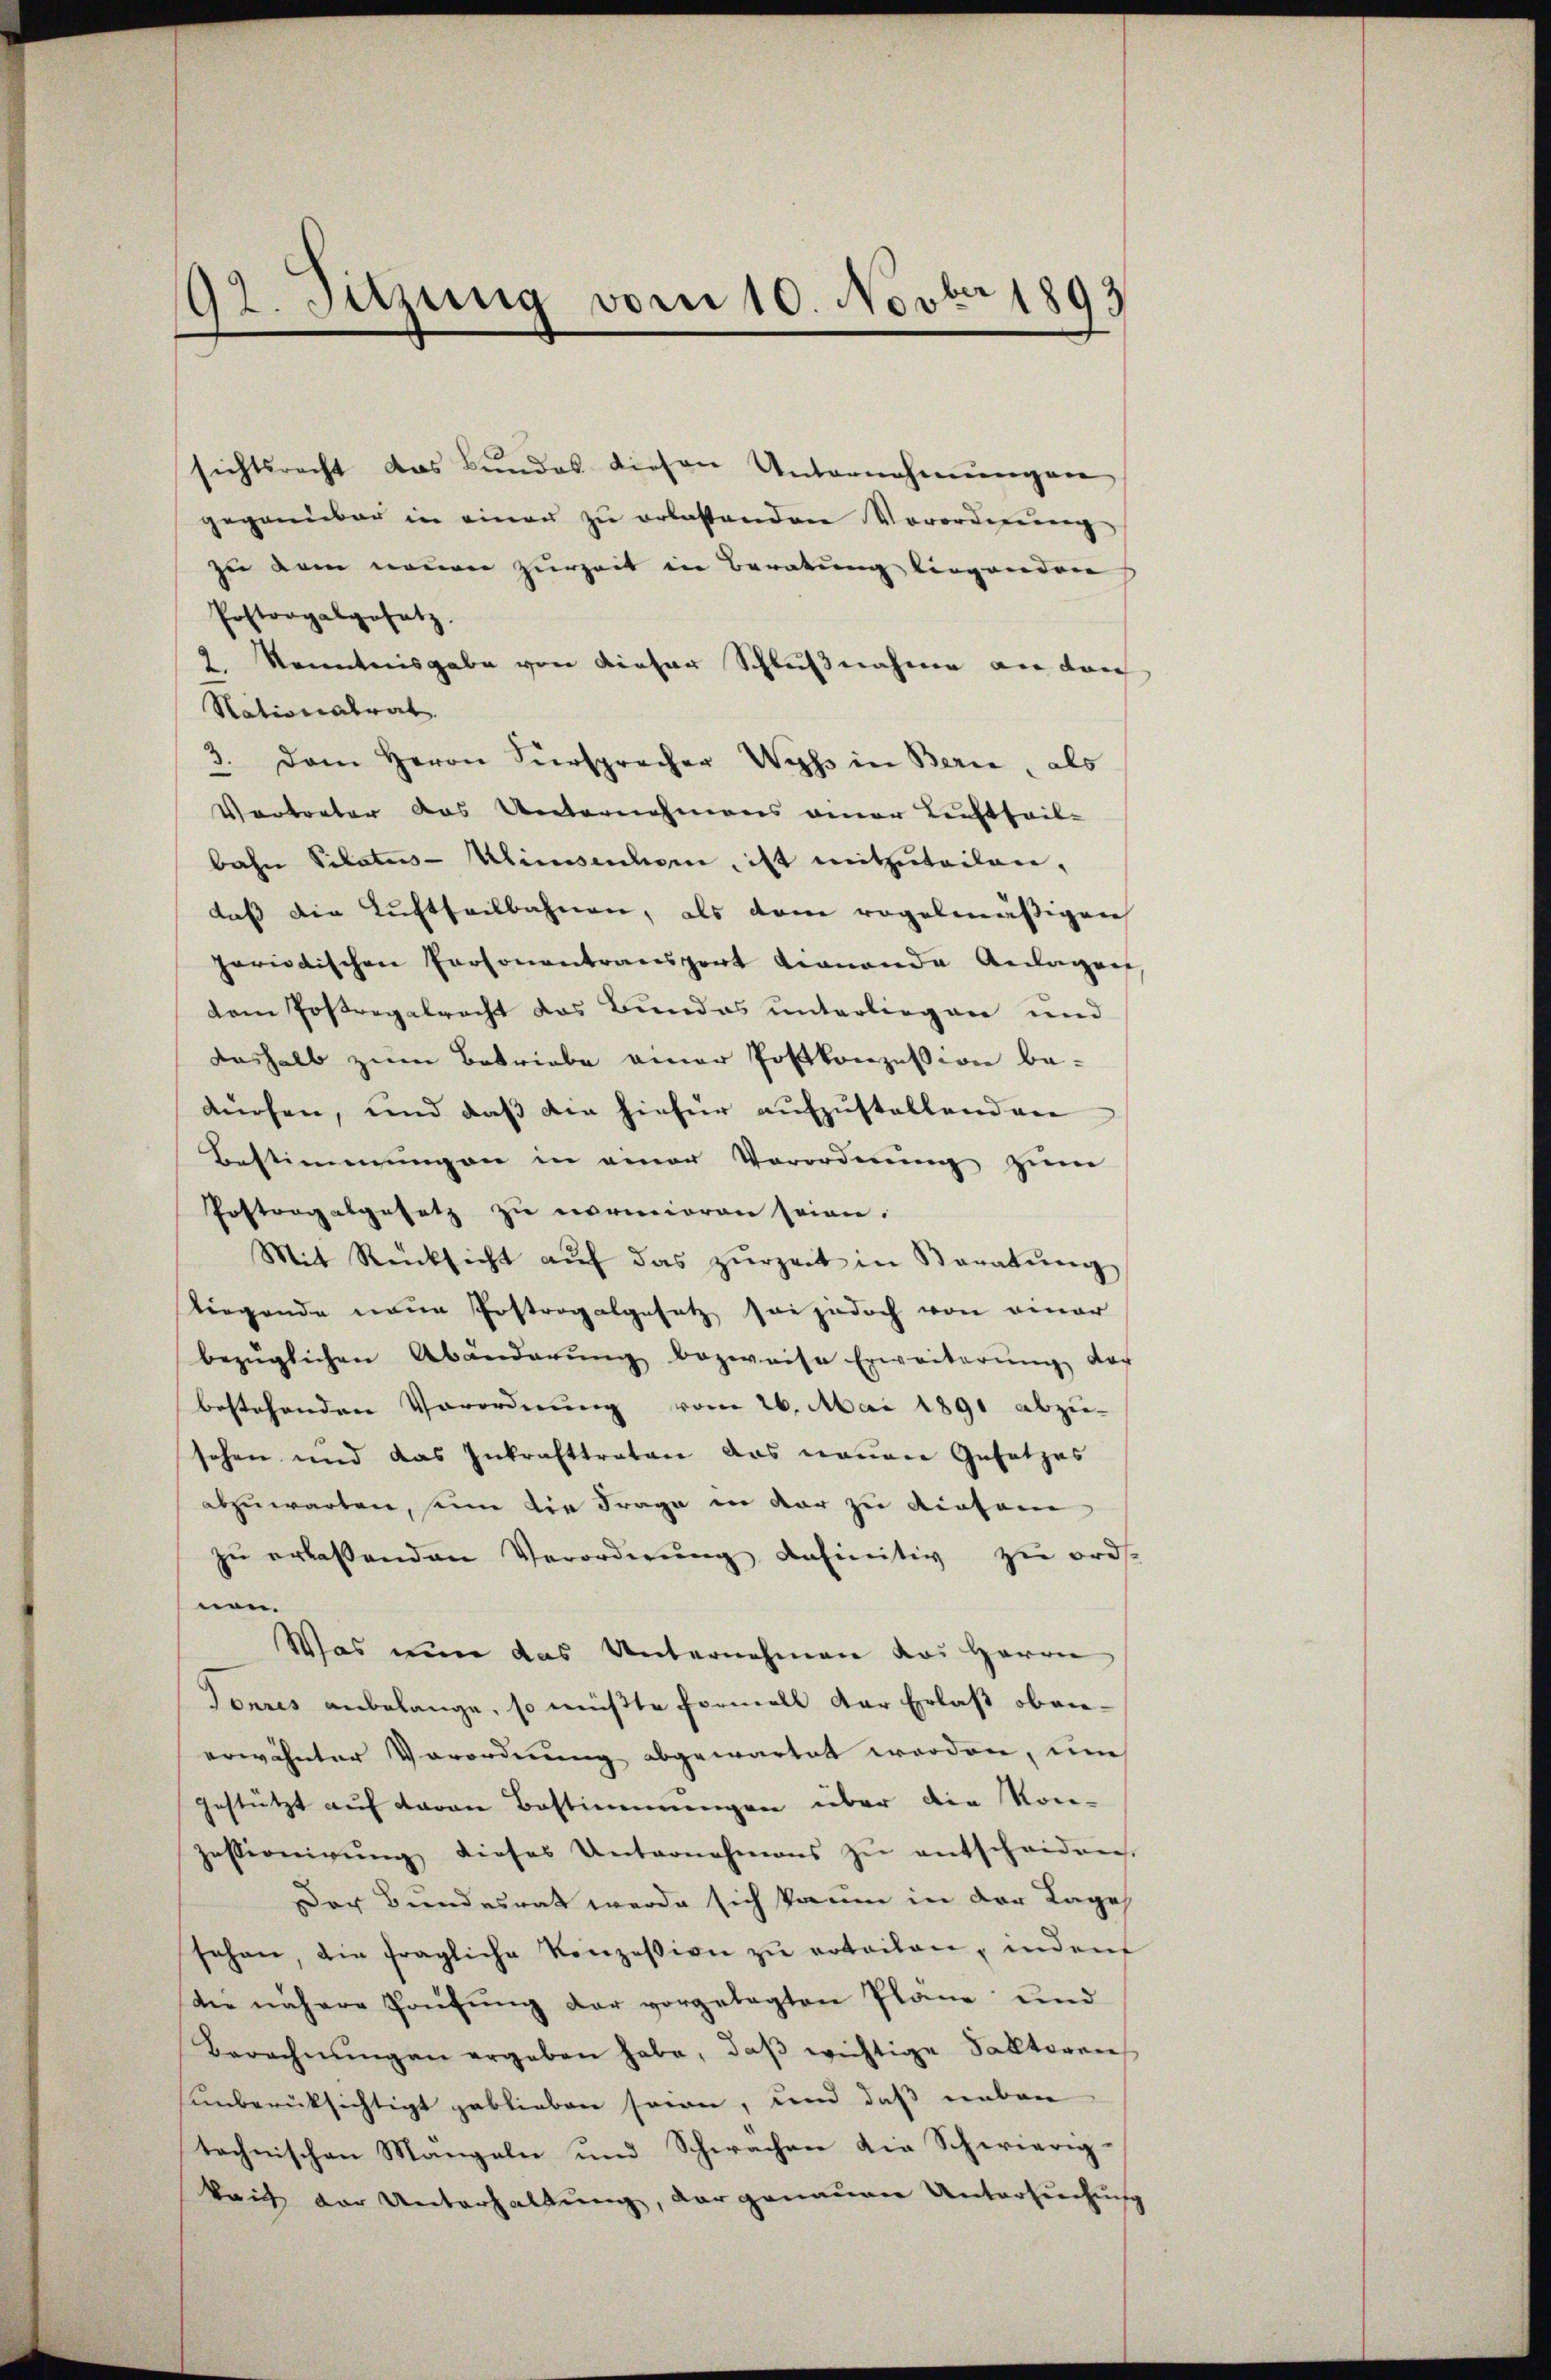
92. Sitzung vom 10. Novbr 1893

sichtsrecht das Bundes diesen Unternehmungen
gegenüber in einen zu erlastenden Vorordnung
zu dem neuen zurzeit in Beratung liegenden
Postrogalgesetz.
2 Kenntnisgabe von dieser Schlußnahme an den
Nationalrat.
3. Dem Herrn Fürspracher Wyss in Berie, als
Vertreter das Unternehmens einer Lichtheilbahn Silatus-Ulimoedien, ist mitzŭteilen.
daß die Luftheilbahnen, als dem regelmäβigen
periodischen Personantransport Lionande Anlagen
dem Postregelrecht das Bundes unterliegen und
deshalb zum Betriebe einer Postkonzession be-
dürfen, und daß die hiefür aufzustellenden
Bestimmungen in einer Verordnung zum
Postrogatgesetz zu normieren seien.
Mit Rücksicht aŭf das zŭrzeit in Beratŭng
tiegende neue Postrogalgesetz sei jedoch von einer
bezüglichen Abänderŭng bezweife Erweiterŭng der
bestehenden Vorordnung vom 26. Mai 1891 abzu-
sehen und das Inkrafttreten das neuen Gesetzes
abzuwarten, seine die Frage in der zu diesem
zŭ erlassenden Verordnŭng definitiv zu ords-
nen.
Was nun das Unternehmen das Herrn
Tonres anbelange, so müßte Formell der Erlaß obenerwähnter Vorordnung abgewartet worden, um
gestützt auf davon Bestimmungen über die Kon-
Zessionirŭng dieses Unternahmens zŭ entscheiden.
Der Bundesrat werde sich kaum in der Lage
sehen, die fragliche Konzession zŭ erteilen, inden
die nähere Prüfung der vorgelegten Pläne und
Berechnŭngen ergeben habe, daβ wichtige Sallteren
unberücksichtigt geblieben seien, und daß neben
technischen Mangeln und Schwachen die Schwierig-
kaich der Unterhaltung, der genauen Untersuchung